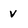
Character: v